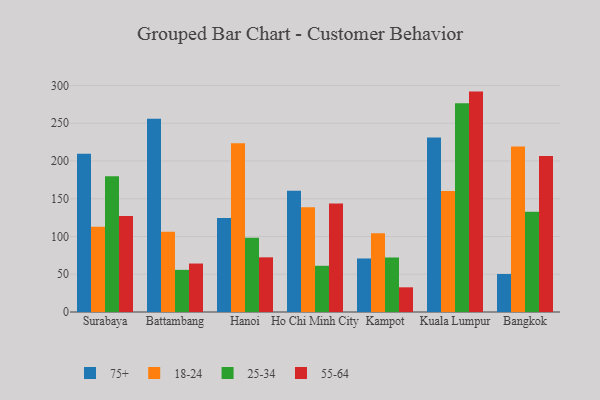
{"axis": {"x": "City", "y": "Page Views"}, "legend": ["18-24", "25-34", "55-64", "75+"], "data": [{"x": "Surabaya", "y": 209.6, "type": "75+"}, {"x": "Surabaya", "y": 112.8, "type": "18-24"}, {"x": "Surabaya", "y": 179.7, "type": "25-34"}, {"x": "Surabaya", "y": 127.2, "type": "55-64"}, {"x": "Battambang", "y": 256.1, "type": "75+"}, {"x": "Battambang", "y": 106.2, "type": "18-24"}, {"x": "Battambang", "y": 55.8, "type": "25-34"}, {"x": "Battambang", "y": 64.2, "type": "55-64"}, {"x": "Hanoi", "y": 124.4, "type": "75+"}, {"x": "Hanoi", "y": 223.5, "type": "18-24"}, {"x": "Hanoi", "y": 98.4, "type": "25-34"}, {"x": "Hanoi", "y": 72.4, "type": "55-64"}, {"x": "Ho Chi Minh City", "y": 160.7, "type": "75+"}, {"x": "Ho Chi Minh City", "y": 138.6, "type": "18-24"}, {"x": "Ho Chi Minh City", "y": 61.2, "type": "25-34"}, {"x": "Ho Chi Minh City", "y": 143.8, "type": "55-64"}, {"x": "Kampot", "y": 70.9, "type": "75+"}, {"x": "Kampot", "y": 104.2, "type": "18-24"}, {"x": "Kampot", "y": 72.2, "type": "25-34"}, {"x": "Kampot", "y": 32.7, "type": "55-64"}, {"x": "Kuala Lumpur", "y": 231.1, "type": "75+"}, {"x": "Kuala Lumpur", "y": 160.4, "type": "18-24"}, {"x": "Kuala Lumpur", "y": 276.6, "type": "25-34"}, {"x": "Kuala Lumpur", "y": 291.9, "type": "55-64"}, {"x": "Bangkok", "y": 50.4, "type": "75+"}, {"x": "Bangkok", "y": 219.2, "type": "18-24"}, {"x": "Bangkok", "y": 132.9, "type": "25-34"}, {"x": "Bangkok", "y": 206.6, "type": "55-64"}]}